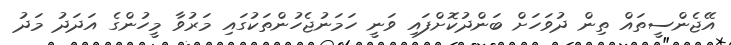
އޭޖެންސީތައް ތިން ދުވަހަށް ބަންދުކޮށްފައި ވަނީ ހަމަނުޖެހުންތަކުގައި މަރުވާ މީހުންގެ އަދަދު މަދު